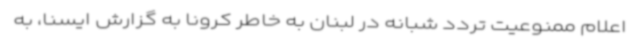
اعلام ممنوعیت تردد شبانه در لبنان به خاطر کرونا به گزارش ایسنا، به